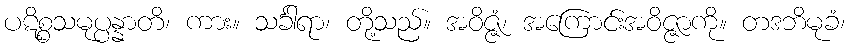
ပဋိစ္စသမုပ္ပန္နာတိ၊ ကား။ သင်္ခါရာ၊ တို့သည်။ အဝိဇ္ဇံ၊ အကြောင်းအဝိဇ္ဇာကို။ တဒဘိမုခံ၊